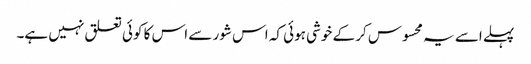
پہلے اسے یہ محسوس کر کے خوشی ہوئی کہ اس شور سے اس کا کوئی تعلق نہیں ہے۔